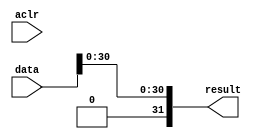
module  FP_ABS_altfp_abs_h7a
	( 
	aclr,
	data,
	result) ;
	input   aclr;
	input   [31:0]  data;
	output   [31:0]  result;
`ifndef ALTERA_RESERVED_QIS
// synopsys translate_off
`endif
	tri0   aclr;
`ifndef ALTERA_RESERVED_QIS
// synopsys translate_on
`endif

	wire  [31:0]  data_w;
	wire  gnd_w;

	assign
		data_w = {gnd_w, data[30:0]},
		gnd_w = 1'b0,
		result = data_w;
endmodule